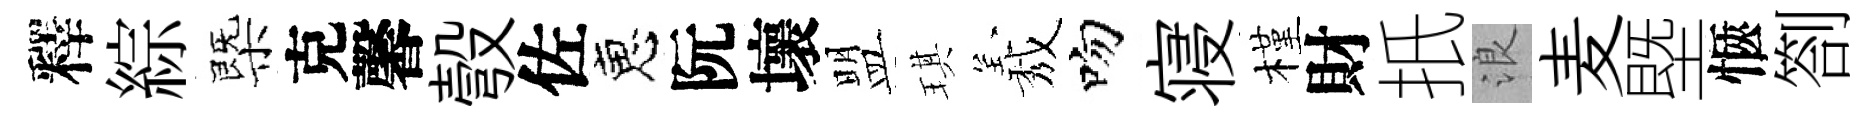
釋綜㮣克馨彀佐恵阮壞盟琪𦏁吻寝槿財扺浪麦塈愜劄